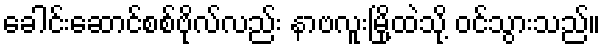
ခေါင်းဆောင်စစ်ဗိုလ်လည်း နာဗလူးမြို့ထဲသို့ ဝင်သွားသည်။